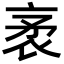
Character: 袤